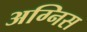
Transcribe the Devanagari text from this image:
अग्निस